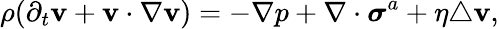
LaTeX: \rho(\partial_{t}\mathbf{v}+\mathbf{v}\cdot\nabla\mathbf{v})=-\nabla p+\nabla\cdot\boldsymbol{\sigma}^{a}+\eta\triangle\mathbf{v},